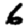
Digit: 6